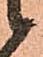
候